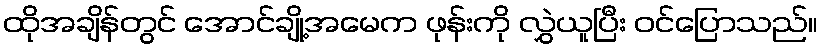
ထိုအချိန်တွင် အောင်ချို့အမေက ဖုန်းကို လွှဲယူပြီး ဝင်ပြောသည်။